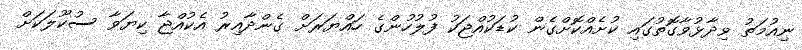
ނިއުމަތު ވިދާޅުވާގޮތުގައި ކުށެއްކޮށްގެން ކުޑަކުއްޖަކު ފުލުހުންގެ ހައްޔަރަށް ގެންދާއިރު އެކުއްޖާ ކިޔަވާ ސުކޫލަކަށް